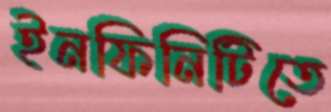
ইনফিনিটিতে